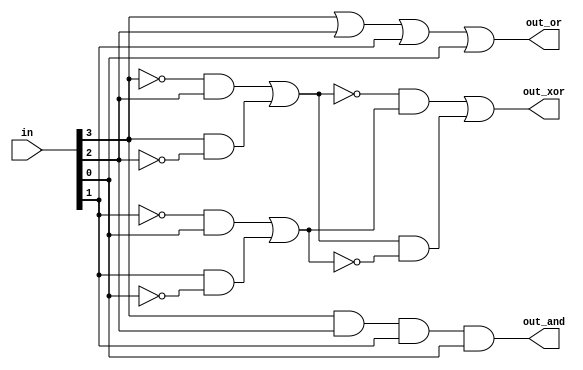
module top_module( 
    input [3:0] in,
    output out_and,
    output out_or,
    output out_xor
);
    wire a, b;
    assign out_and = in[3]&&in[2]&&in[1]&&in[0];
    assign out_or = in[3]||in[2]||in[1]||in[0];
    assign a = (!in[3]&&in[2])||(in[3]&&!in[2]);
    assign b = (!in[1]&&in[0])||(in[1]&&!in[0]);
    assign out_xor = (!a&&b)||(a&&!b);

endmodule